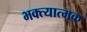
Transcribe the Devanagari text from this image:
भक्त्यात्मक